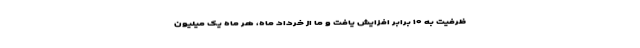
ظرفیت به ۱۰ برابر افزایش یافت و ما از خرداد ماه، هر ماه یک میلیون